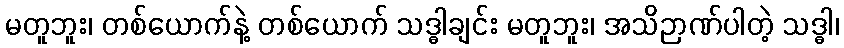
မတူဘူး၊ တစ်ယောက်နဲ့ တစ်ယောက် သဒ္ဓါချင်း မတူဘူး၊ အသိဉာဏ်ပါတဲ့ သဒ္ဓါ၊